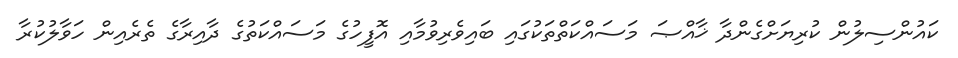
ކައުންސިލުން ކުރިޔަށްގެންދާ ޚާއްޞަ މަސައްކަތްތަކުގައި ބައިވެރިވުމާއި އޮފީހުގެ މަސައްކަތުގެ ދާއިރާގެ ތެރެއިން ހަވާލުކުރާ